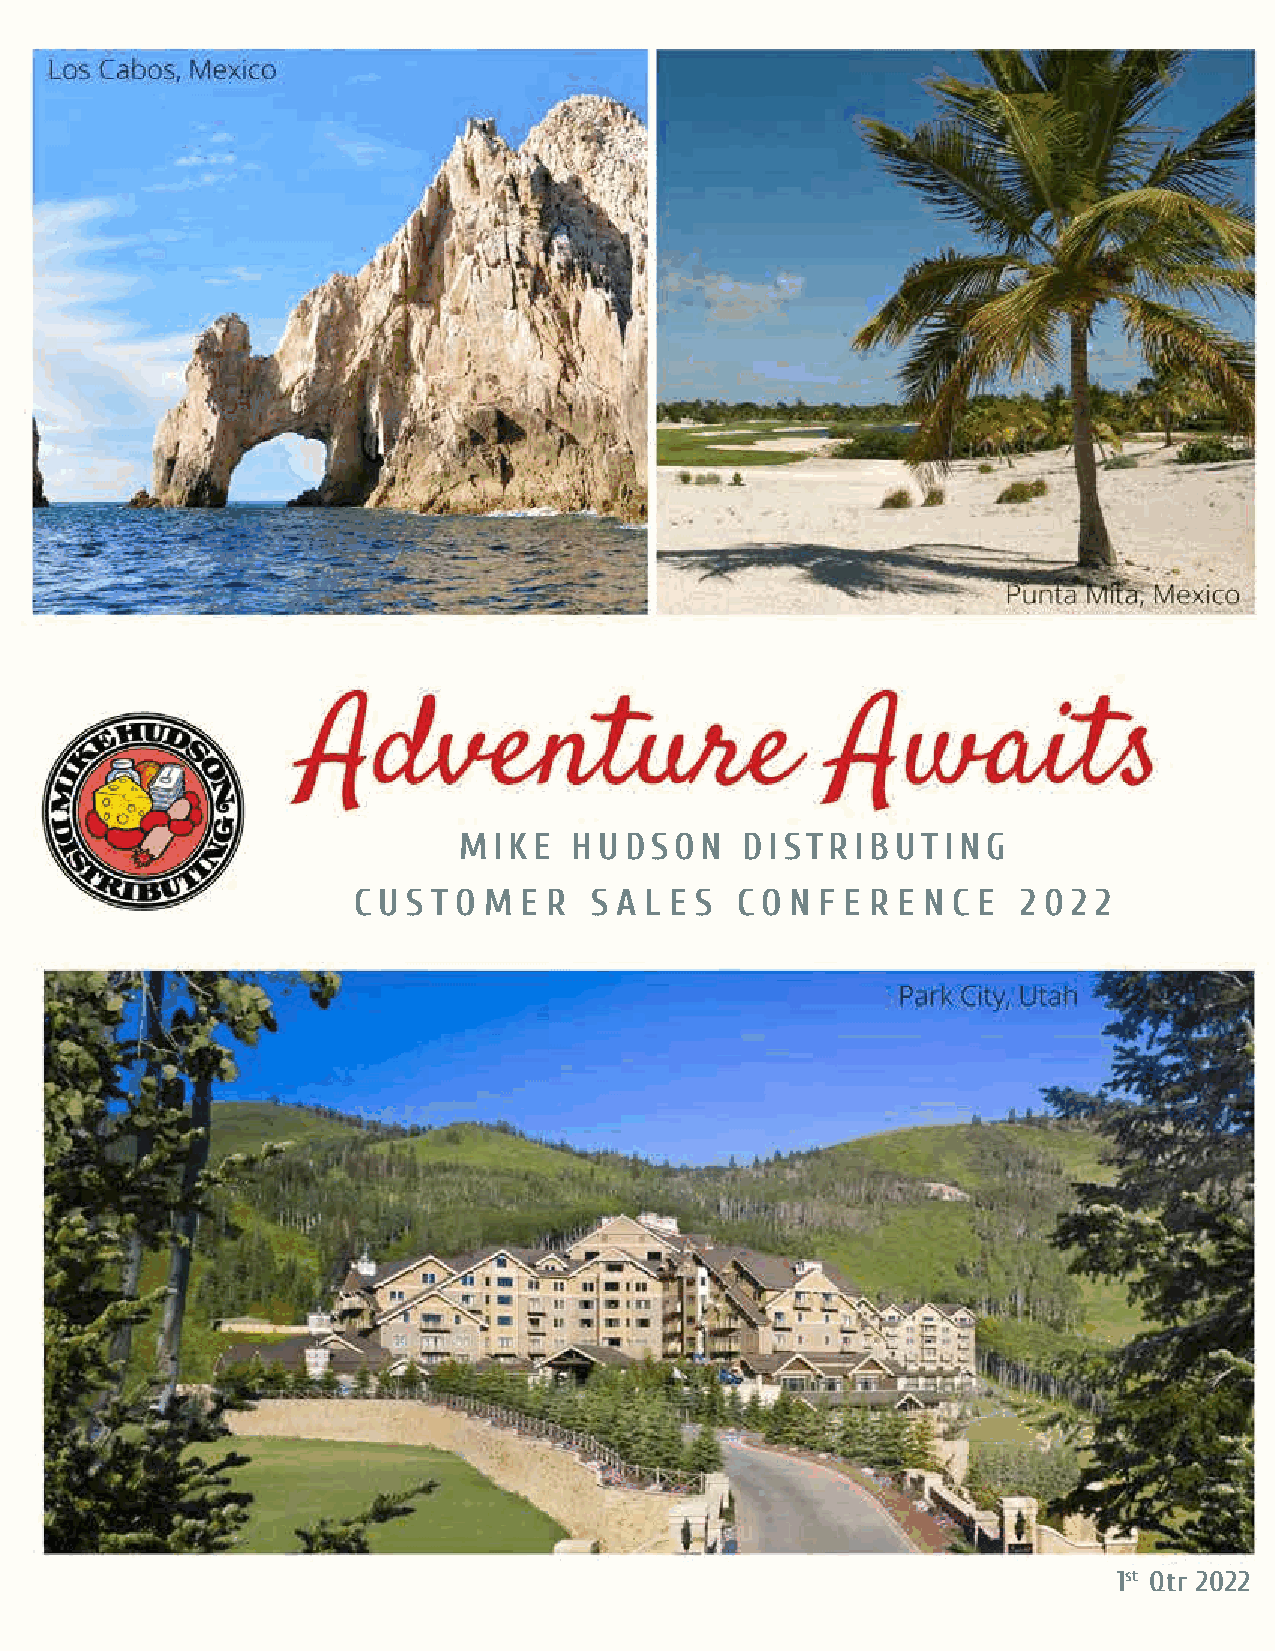
MIKE    HUDSON     DISTRIBUTING
 C U S T O M E R S A L E S C O N F E R E N C E 2 0 2 2
 1st Qtr 2022